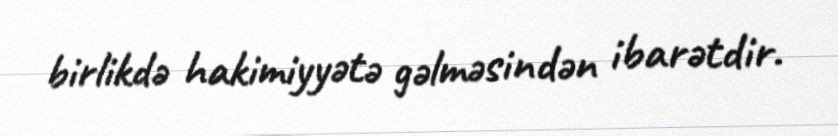
birlikdə hakimiyyətə gəlməsindən ibarətdir.